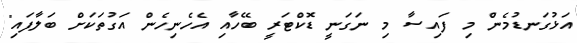
އަޅުގަނޑުމެން މި ފައިސާ މި ނަގަނީ ޑޮކްޓަރީ ބޭހާއި އެހެނިހެން އަގުތަކަށް ބަލާފައި"